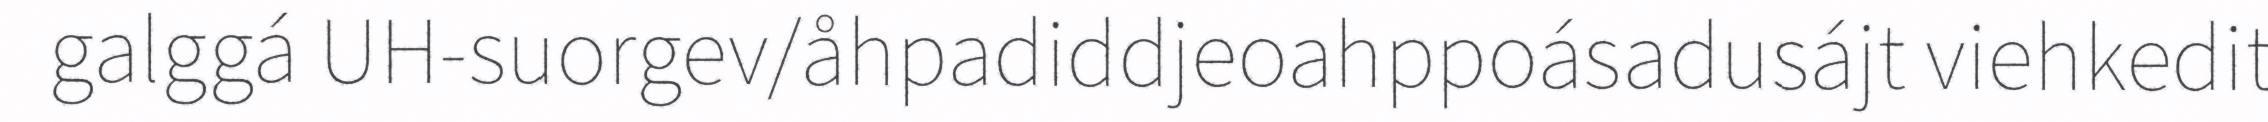
galggá UH-suorgev/åhpadiddjeoahppoásadusájt viehkedit